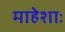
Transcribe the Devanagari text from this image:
माहेशाः